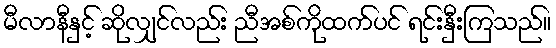
မီလာနီနှင့် ဆိုလျှင်လည်း ညီအစ်ကိုထက်ပင် ရင်းနှီးကြသည်။